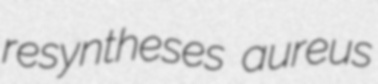
resyntheses aureus